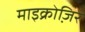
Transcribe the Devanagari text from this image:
माइक्रोजि़र